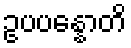
ဥပပန္နောတိ